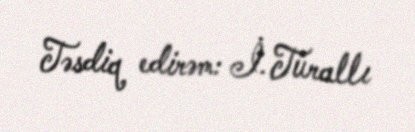
Təsdiq edirəm: İ. Turallı